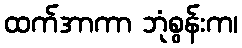
ထက်အာကာ ဘုံစွန်းက၊